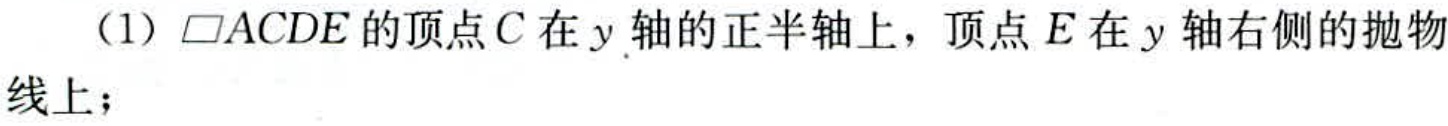
（1）$\parallelogram ACDE$的顶点$C$在$y$轴的正半轴上，顶点$E$在$y$轴右侧的抛物线上；